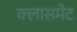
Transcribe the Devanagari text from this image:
क्लासमेट